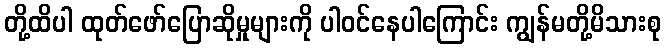
တို့ထိပါ ထုတ်ဖော်ပြောဆိုမှုများကို ပါဝင်နေပါကြောင်း ကျွန်မတို့မိသားစု